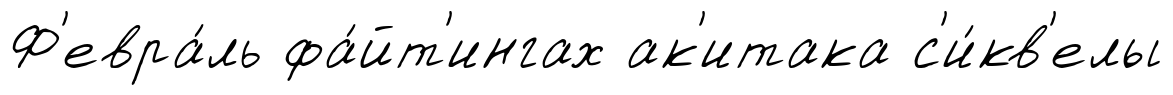
Ф'евра́ль фа́йт'ингах ак'итака с'и́кв'елы